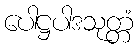
ပေါဋ္ဌပါဒသုတ္တံ